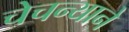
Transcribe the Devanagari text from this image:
चेचन्याने